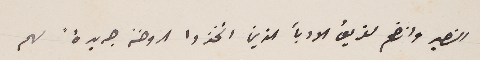
النصير وانضم لفريق الادبأ الذين اتخذوا الروضة جريدة لهم